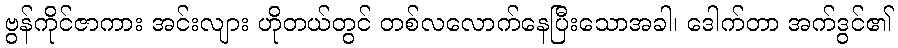
ဗွန်ကိုင်ဇာကား အင်းလျား ဟိုတယ်တွင် တစ်လလောက်နေပြီးသောအခါ၊ ဒေါက်တာ အက်ဒွင်၏